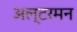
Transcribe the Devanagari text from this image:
अल्टरमन